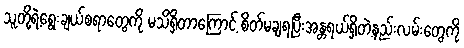
သူတို့ရဲ့ရွေးချယ်စရာတွေကို မသိရှိတာကြောင့် စိတ်မချရပြီးအန္တရယ်ရှိတဲ့နည်းလမ်းတွေကို